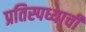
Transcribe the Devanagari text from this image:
प्रतिस्पध्याची